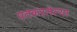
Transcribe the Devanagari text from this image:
पतकरलेल्या